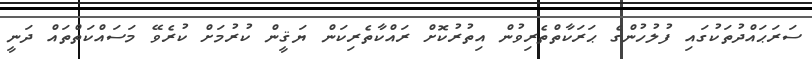
ސަރަޙައްދުތަކުގައި ފުލުހުންގެ ޙަރަކާތްތެރިވުން އިތުރުކޮށް ރައްކާތެރިކަން ޔަޤީން ކުރުމަށް ކުރެވޭ މަސައްކަތްތައް ދަނީ